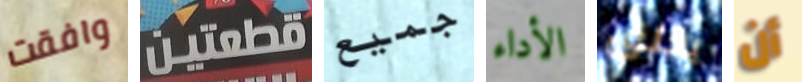
وافقت قطعتين جميع الأداء يخلق أن